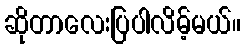
ဆိုတာလေးပြပါလိမ့်မယ်။